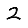
Digit: 2